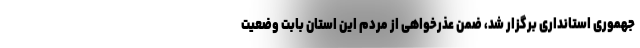
جهموری استانداری برگزار شد، ضمن عذرخواهی از مردم این استان بابت وضعیت